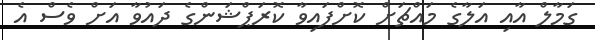
ގަމާލް އާއި އަލާގެ މައްޗަށް ކޮށްފައިވާ ކޮރަޕްޝަންގެ ދައުވާ އަށް ވެސް އެ